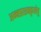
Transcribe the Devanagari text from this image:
अन्नप्राशनकृत्येषु